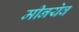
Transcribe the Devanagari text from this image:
मीनयेव